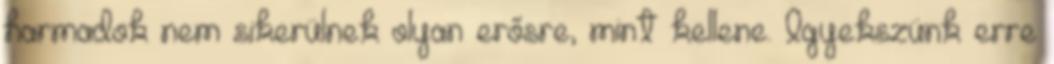
harmadok nem sikerülnek olyan erősre, mint kellene. Igyekszünk erre